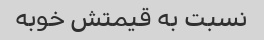
نسبت به قیمتش خوبه